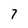
Character: 7